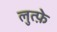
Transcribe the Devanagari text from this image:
लुत्फ़े